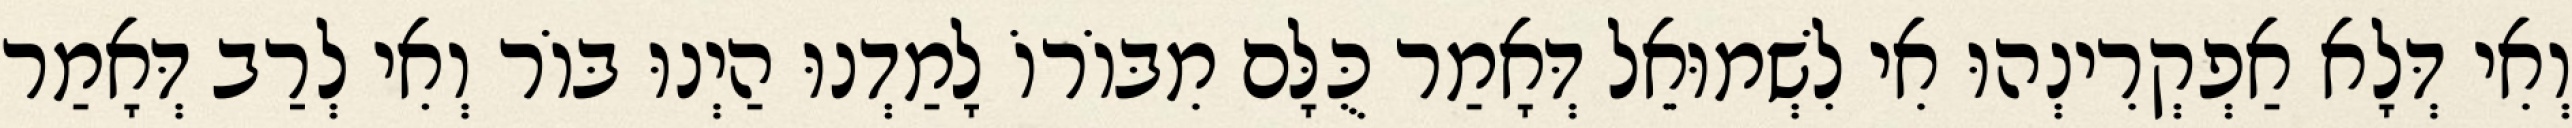
וְאִי דְּלָא אַפְקְרִינְהוּ אִי לִשְׁמוּאֵל דְּאָמַר כֻּלָּם מִבּוֹרוֹ לָמַדְנוּ הַיְנוּ בּוֹר וְאִי לְרַב דְּאָמַר